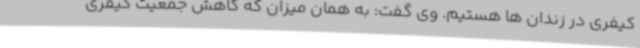
کیفری در زندان ها هستیم. وی گفت: به همان میزان که کاهش جمعیت کیفری